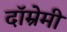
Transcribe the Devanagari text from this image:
दॉम्रेमी